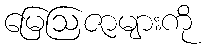
မြေဩဇာများကို